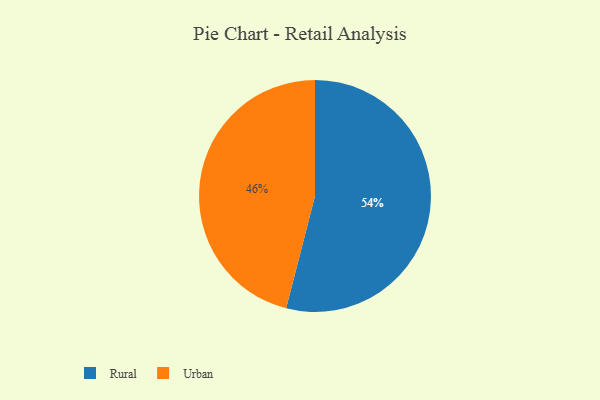
{"axis": {"x": "Category", "y": "Percentage"}, "legend": ["Rural", "Urban"], "data": [{"x": "Rural", "y": 54, "type": "Rural"}, {"x": "Urban", "y": 46, "type": "Urban"}]}